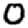
Digit: 0